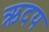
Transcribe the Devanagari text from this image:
ऋदय